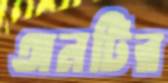
অনটির